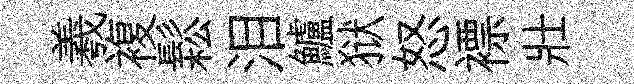
羲複鬆泪鱸狱怒褾壯